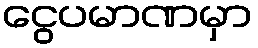
ငွေပမာဏမှာ